Vaccination North-Western Provinces and Oudh 1878-1895 - 1878-1895
Year: 1878
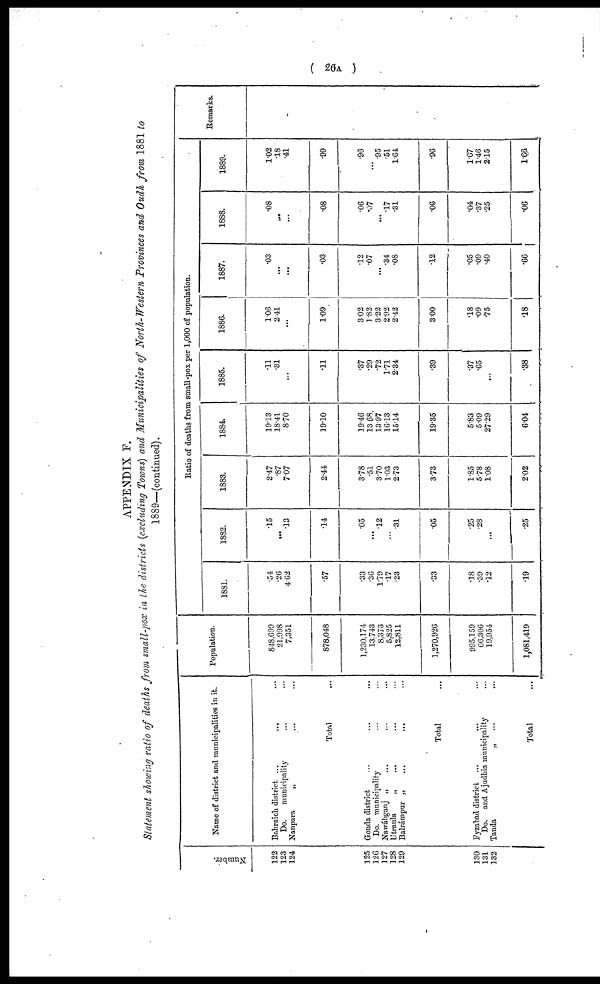
( 26A .)
APPENDIX F.
Statement showing ratio of deaths from small-pox in the districts (excluding Towns) and Municipalities of North-Western Provinces and Oudh from 1881 to
1889—(continued).
Number
122
123
124
125
126
127
128
129
130
131
132
Name of district and municipalities in it.
Bahraich district ... ... ...
Do. municipality ... ...
Nanpara „ ... ...
Total ...
Gonda district ... ... ...
Do. municipality ... ... ...
Nawábganj „ ... ... ...
Utraula „ ... ... ...
Balrámpur „ ... ... ...
Total ...
Fyzabad district ... ... ...
Do. and Ajudhia municipality ...
Tanda
„ ... ...
Total ...
Population.
848,699
21,998
7,351
878,048
1,230,174
13,743
8,373
5,825
12,811
1,270,926
995,159
66,306
19,954
1,081,419
Ratio of deaths from Small-pox per 1,000 of population.
1881.
.54
.26
4.62
.57
.33
.36
1.79
.17
.23
.33
.18
.39
.12
.19
1882.
.15
...
.13
.14
.05
...
.12
...
.31
.05
.25
.28
...
.25
1883.
2.47
.87
7.07
2.44
3.78
.51
3.70
1.03
2.73
3.73
1.85
5.78
1.08
2.02
1884.
19.13
18.41
8.70
19.10
19.46
13.68
13.97
16.13
15.14
19.35
5.83
5.09
27.29
6.04
1885.
.11
.31
...
.11
.37
.29
.72
1.71
2.34
.39
.37
.65
...
.38
1886.
1.06
2.41
...
1.09
3.02
1.82
3.22
2.92
2.42
3.00
.18
.09
.75
.18
1887.
.03
...
...
.03
.12
.07
...
.34
.08
.12
.05
.09
.40
.66
1888.
.08
...
...
.08
.06
.07
...
.17
.31
.06
.04
.37
.25
.06
1889.
1.02
.18
.41
.99
.96
...
.95
.51
1.64
.96
1.67
1.46
2.15
1.66
Remarks.